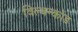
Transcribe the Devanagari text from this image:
विल्वन्कोड